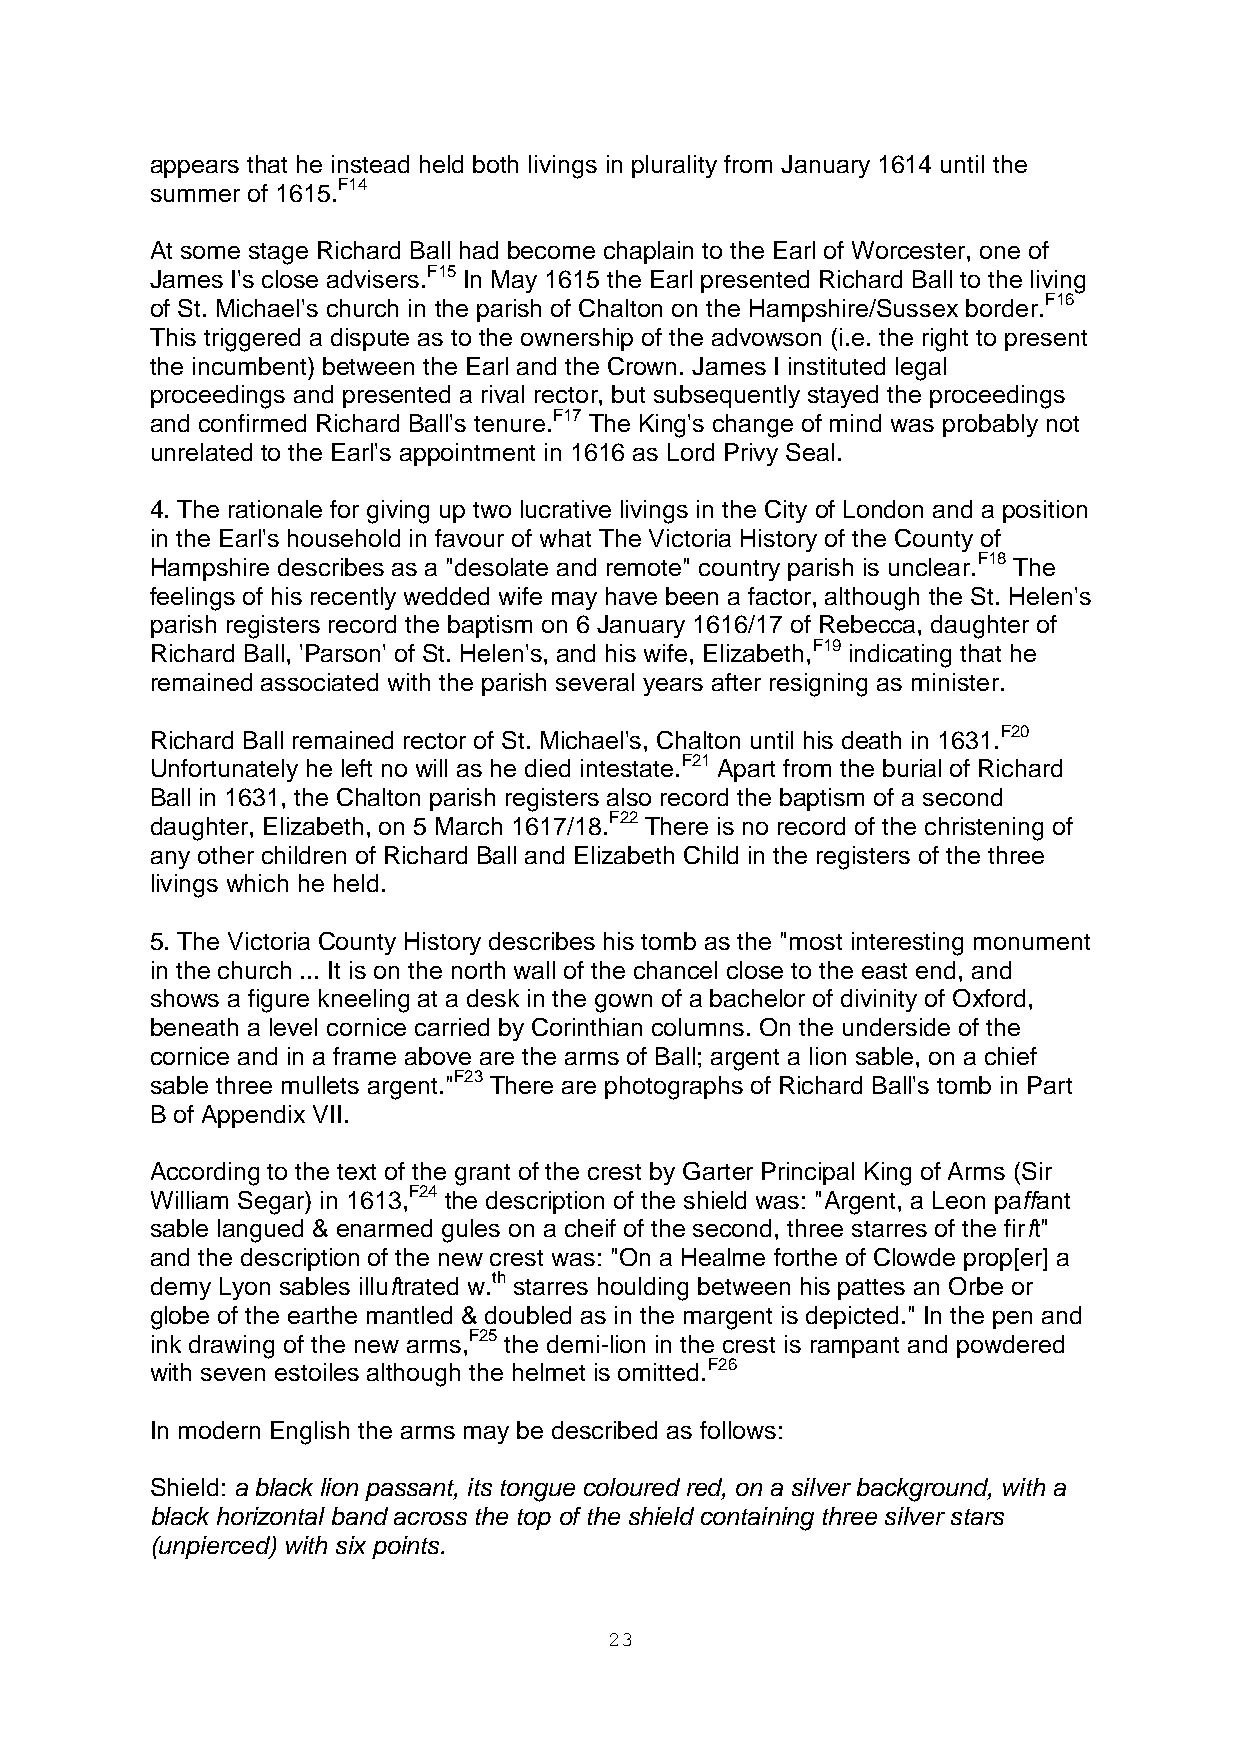
appears that he instead held both livings in plurality from January 1614 until the
 summer of 1615.F14
 At some stage Richard Ball had become chaplain to the Earl of Worcester, one of
 James I's close advisers.F15 In May 1615 the Earl presented Richard Ball to the living
 of St. Michael's church in the parish of Chalton on the Hampshire/Sussex border.F16
 This triggered a dispute as to the ownership of the advowson (i.e. the right to present
 the incumbent) between the Earl and the Crown. James I instituted legal
 proceedings and presented a rival rector, but subsequently stayed the proceedings
 and confirmed Richard Ball's tenure.F17 The King's change of mind was probably not
 unrelated to the Earl's appointment in 1616 as Lord Privy Seal.
 4. The rationale for giving up two lucrative livings in the City of London and a position
 in the Earl's household in favour of what The Victoria History of the County of
 Hampshire describes as a "desolate and remote" country parish is unclear.F18 The
 feelings of his recently wedded wife may have been a factor, although the St. Helen's
 parish registers record the baptism on 6 January 1616/17 of Rebecca, daughter of
 Richard Ball, 'Parson' of St. Helen's, and his wife, Elizabeth,F19 indicating that he
 remained associated with the parish several years after resigning as minister.
 Richard Ball remained rector of St. Michael's, Chalton until his death in 1631.F20
 Unfortunately he left no will as he died intestate.F21 Apart from the burial of Richard
 Ball in 1631, the Chalton parish registers also record the baptism of a second
 daughter, Elizabeth, on 5 March 1617/18.F22 There is no record of the christening of
 any other children of Richard Ball and Elizabeth Child in the registers of the three
 livings which he held.
 5. The Victoria County History describes his tomb as the "most interesting monument
 in the church ... It is on the north wall of the chancel close to the east end, and
 shows a figure kneeling at a desk in the gown of a bachelor of divinity of Oxford,
 beneath a level cornice carried by Corinthian columns. On the underside of the
 cornice and in a frame above are the arms of Ball; argent a lion sable, on a chief
 sable three mullets argent."F23 There are photographs of Richard Ball's tomb in Part
 B of Appendix VII.
 According to the text of the grant of the crest by Garter Principal King of Arms (Sir
 William Segar) in 1613,F24 the description of the shield was: "Argent, a Leon paffant
 sable langued & enarmed gules on a cheif of the second, three starres of the firft"
 and the description of the new crest was: "On a Healme forthe of Clowde prop[er] a
 demy Lyon sables illuftrated w.th starres houlding between his pattes an Orbe or
 globe of the earthe mantled & doubled as in the margent is depicted." In the pen and
 ink drawing of the new arms,F25 the demi-lion in the crest is rampant and powdered
 with seven estoiles although the helmet is omitted.F26
 In modern English the arms may be described as follows:
 Shield: a black lion passant, its tongue coloured red, on a silver background, with a
 black horizontal band across the top of the shield containing three silver stars
 (unpierced) with six points.
 23